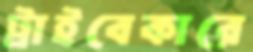
ট্রাইবেকারে